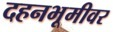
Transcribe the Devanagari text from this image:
दहनभूमीवर